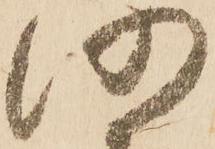
仍